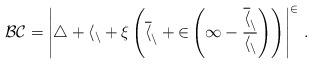
LaTeX: \begin{align*}\cal{BC}=\left|4+h_n+\xi\left( \overline{h}_n+2\left( 1-\frac{\overline{h}_n}{h_n} \right) \right)\right|^2\,.\end{align*}